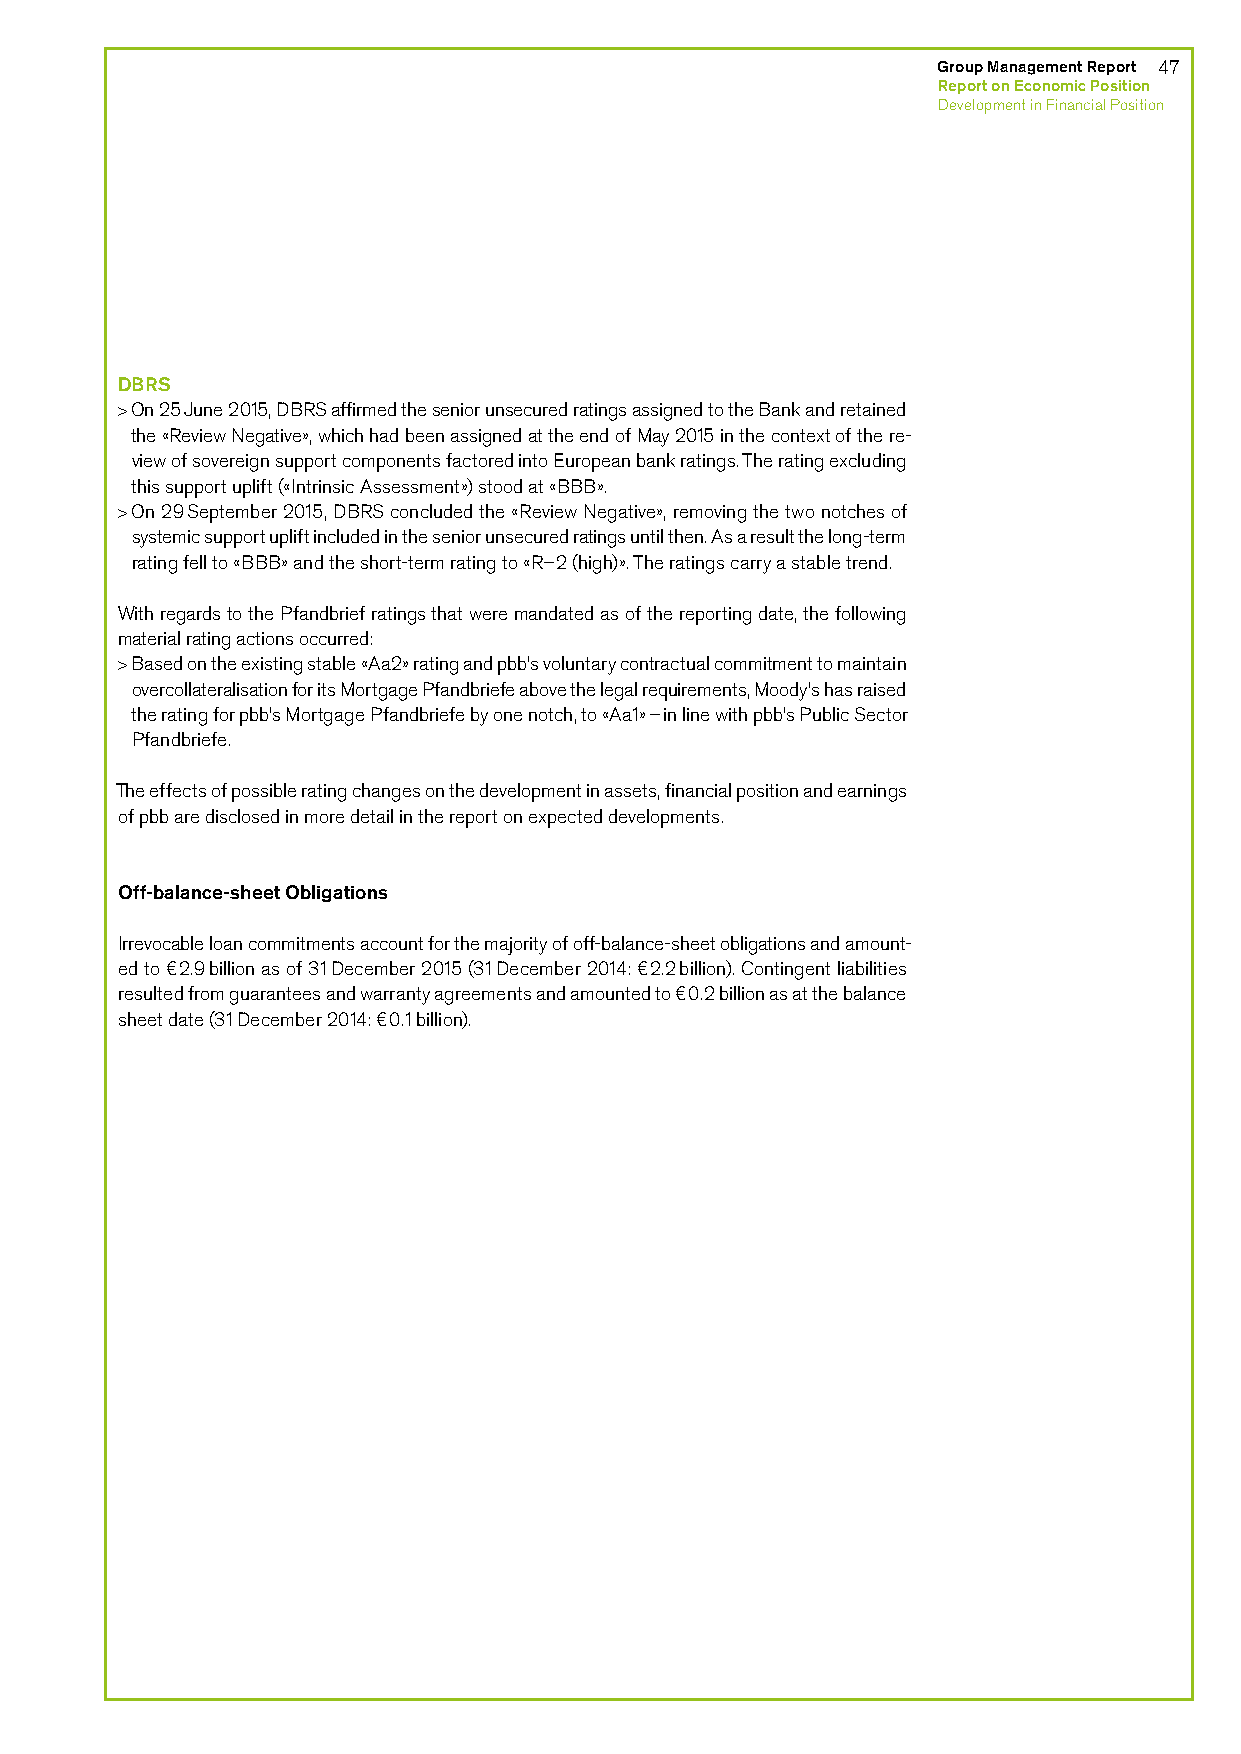
Group Management Report 47
 Report on Economic Position
 Development in Financial Position
 DBRS
 > On 25 June 2015, DBRS affirmed the senior unsecured ratings assigned to the Bank and retained
 the «Review Negative», which had been assigned at the end of May 2015 in the context of the re-
 view of sovereign support components factored into European bank ratings. The rating excluding
 this support uplift («Intrinsic Assessment») stood at «BBB».
 > On 29 September 2015, DBRS concluded the «Review Negative», removing the two notches of
 systemic support uplift included in the senior unsecured ratings until then. As a result the long-term
 rating fell to «BBB» and the short-term rating to «R–2 (high)». The ratings carry a stable trend.
 With regards to the Pfandbrief ratings that were mandated as of the reporting date, the following
 material rating actions occurred:
 > Based on the existing stable «Aa2» rating and pbb’s voluntary contractual commitment to maintain
 overcollateralisation for its Mortgage Pfandbriefe above the legal requirements, Moody’s has raised
 the rating for pbb’s Mortgage Pfandbriefe by one notch, to «Aa1» – in line with pbb’s Public Sector
 Pfandbriefe.
 The effects of possible rating changes on the development in assets, financial position and earnings
 of pbb are disclosed in more detail in the report on expected developments.
 Off-balance-sheet Obligations
 Irrevocable loan commitments account for the majority of off-balance-sheet obligations and amount-
 ed to €2.9 billion as of 31 December 2015 (31 December 2014: €2.2 billion). Contingent liabilities
 resulted from guarantees and warranty agreements and amounted to €0.2 billion as at the balance
 sheet date (31 December 2014: €0.1 billion).